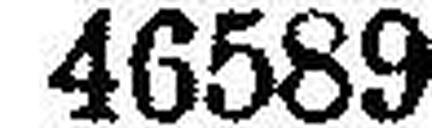
46589